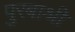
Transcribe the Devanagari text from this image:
पुरबाश्री